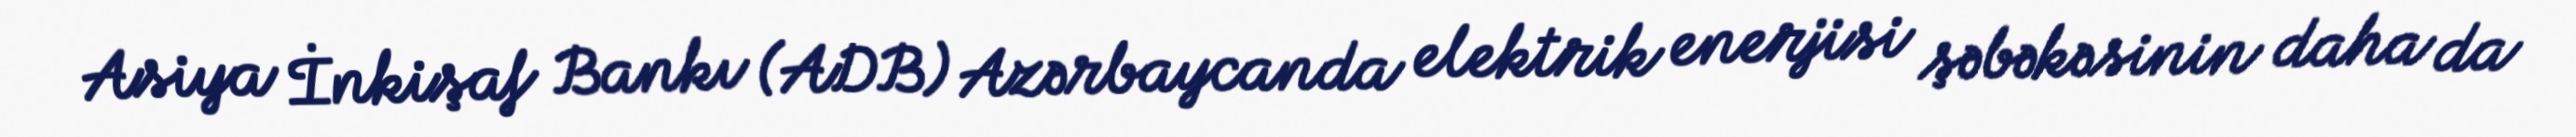
Asiya İnkişaf Bankı (ADB) Azərbaycanda elektrik enerjisi şəbəkəsinin daha da